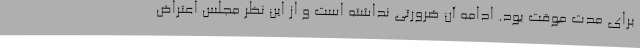
برای مدت موقت بود. ادامه آن ضرورتی نداشته است و از این نظر مجلس اعتراض